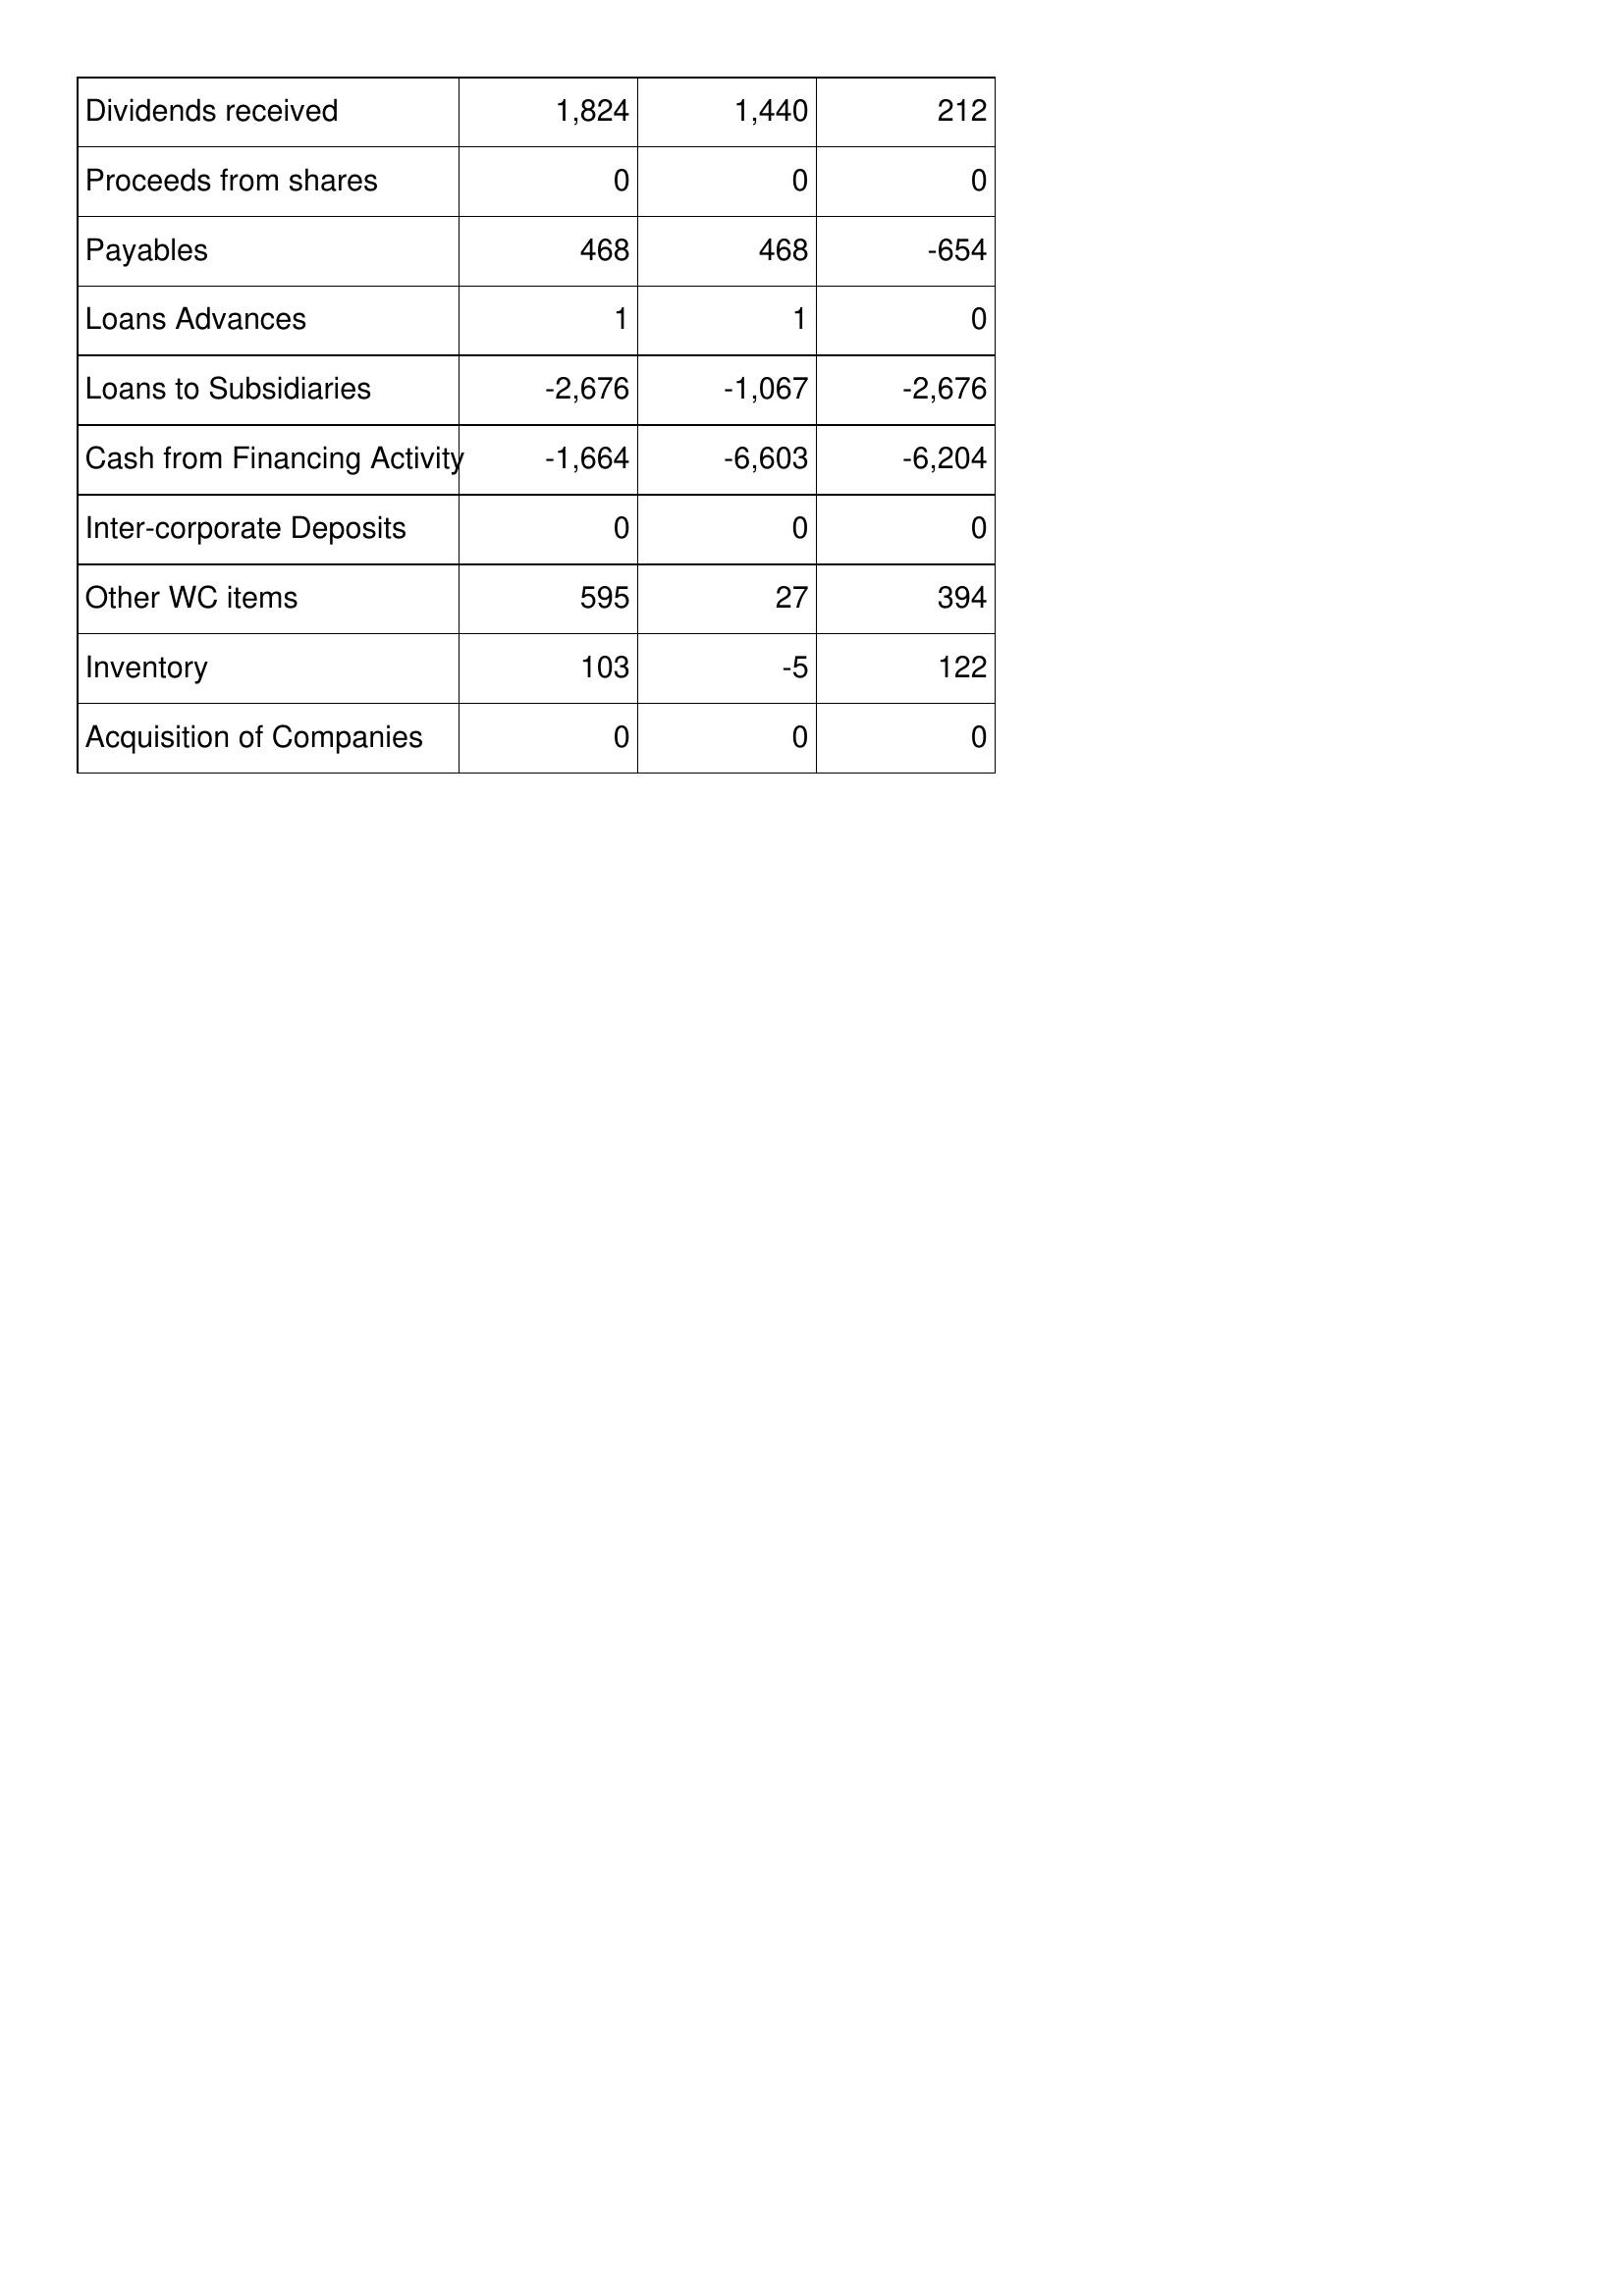
Mar-95: Cash Flows: Dividends received: 1,824
Proceeds from shares: 0
Payables: 468
Loans Advances: 1
Loans to Subsidiaries: -2,676
Cash from Financing Activity: -1,664
Inter-corporate Deposits: 0
Other WC items: 595
Inventory: 103
Acquisition of Companies: 0
Mar-94: Cash Flows: Dividends received: 1,440
Proceeds from shares: 0
Payables: 468
Loans Advances: 1
Loans to Subsidiaries: -1,067
Cash from Financing Activity: -6,603
Inter-corporate Deposits: 0
Other WC items: 27
Inventory: -5
Acquisition of Companies: 0
Mar-93: Cash Flows: Dividends received: 212
Proceeds from shares: 0
Payables: -654
Loans Advances: 0
Loans to Subsidiaries: -2,676
Cash from Financing Activity: -6,204
Inter-corporate Deposits: 0
Other WC items: 394
Inventory: 122
Acquisition of Companies: 0